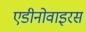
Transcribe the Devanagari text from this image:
एडीनोवाइरस